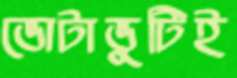
ভোটাভুটিই